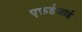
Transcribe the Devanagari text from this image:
एफ़ईआई